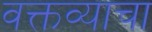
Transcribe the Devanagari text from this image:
वक्तव्याचा